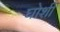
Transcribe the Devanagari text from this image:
घोशी